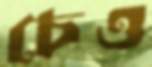
চেও